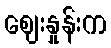
ဈေးနှုန်းက